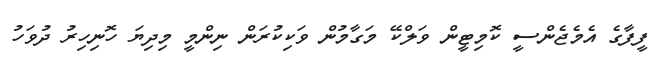
ފީފާގެ އެމެޖެންސީ ކޮމިޓީން ވަލްކޭ މަގާމުން ވަކިކުރަން ނިންމީ މިދިޔަ ހޮނިހިރު ދުވަހު